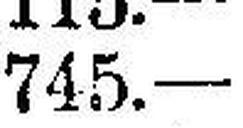
745.—